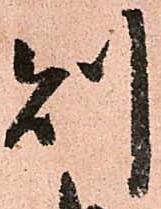
則